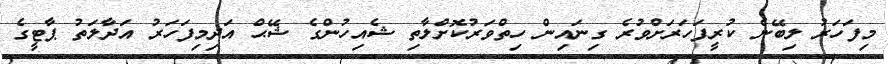
މިފަހަރު ލިބޭނެ ކުރީފަހަރަށްވުރެ ގިނައިން ހިތްވަރުކޮށްލާތި ޝެއިހުންގެ ޝޭޙް އަދިމިފަހަރު އަދާލަތު ޕާޓީގެ